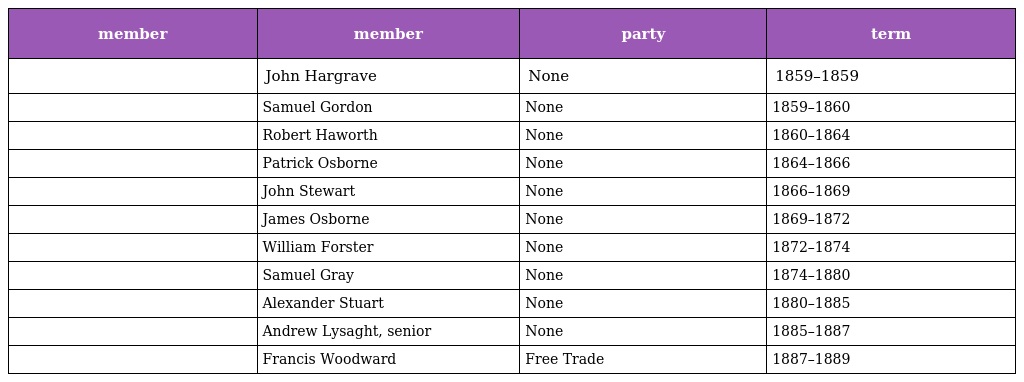
| member | member | party | term |
 | --- | --- | --- | --- |
 |  | John Hargrave | None | 1859–1859 |
 |  | Samuel Gordon | None | 1859–1860 |
 |  | Robert Haworth | None | 1860–1864 |
 |  | Patrick Osborne | None | 1864–1866 |
 |  | John Stewart | None | 1866–1869 |
 |  | James Osborne | None | 1869–1872 |
 |  | William Forster | None | 1872–1874 |
 |  | Samuel Gray | None | 1874–1880 |
 |  | Alexander Stuart | None | 1880–1885 |
 |  | Andrew Lysaght, senior | None | 1885–1887 |
 |  | Francis Woodward | Free Trade | 1887–1889 |